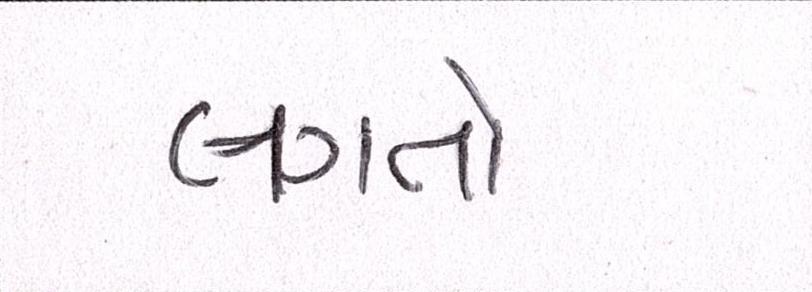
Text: લગતો